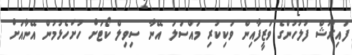
ފައިރޫޝް ފުލުހުންގެ ވަޒީފާއިން ވަކިކުރި މައްސަލަ އޭނާ ސިވިލް ކޯޓަށް ހުށަހެޅުމުން އޭނާއަށް